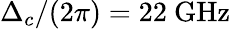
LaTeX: \Delta_{c}/(2\pi)=22~\mathrm{GHz}